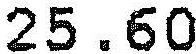
25.60